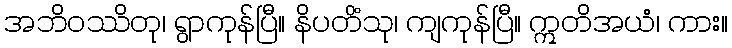
အဘိဝဿိတု၊ ရွာကုန်ပြီ။ နိပတိံသု၊ ကျကုန်ပြီ။ ဣတိအယံ၊ ကား။